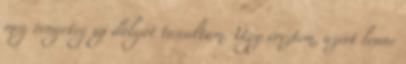
még rengeteg új dolgot tanultam. Úgy éreztem, azért lenne